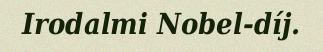
Irodalmi Nobel-díj.